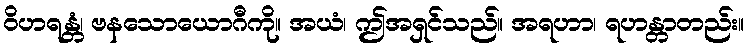
ဝိဟရန္တံ၊ ဗနသောယောဂီကို။ အယံ၊ ဤအရှင်သည်။ အရဟာ၊ ရဟန္တာတည်း။